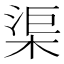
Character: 渠